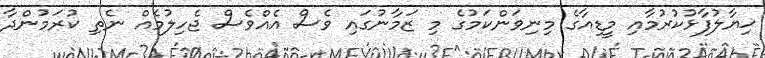
ޚިޔާލުފާޅުކުރުމާއި މީޑިއާގެ މިނިވަންކަމުގެ މި ޒަމާނުގައި ވެސް އެއްވެސް ޖެހިލުމެއް ނެތި ކުރަމުންދާ